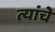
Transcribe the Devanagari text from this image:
त्यांंचेे